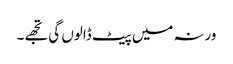
ورنہ میں پیٹ ڈالوں گی تجھے۔